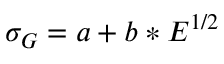
\sigma _ { G } = a + b * E ^ { 1 / 2 }